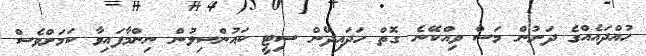
ހުއްދައެއްގެ ދަށުން މަސް ވިއްކޭނެ ގޮތް ހަދައިދޭން ސިޓީ ކައުންސިލުން ނިންމާފައިވާ ކަމަށްވެސް